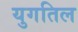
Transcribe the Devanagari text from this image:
युगतिल